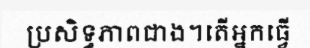
ប្រសិទ្ធភាពជាង។តើអ្នកធ្វើ